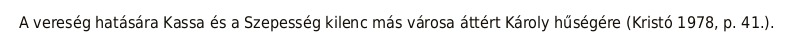
A vereség hatására Kassa és a Szepesség kilenc más városa áttért Károly hűségére (Kristó 1978, p. 41.).